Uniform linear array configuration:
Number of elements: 4
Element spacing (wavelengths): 0.25
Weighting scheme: blackman
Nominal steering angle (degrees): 15
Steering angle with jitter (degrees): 13.31
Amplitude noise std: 0.05
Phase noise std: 0.05

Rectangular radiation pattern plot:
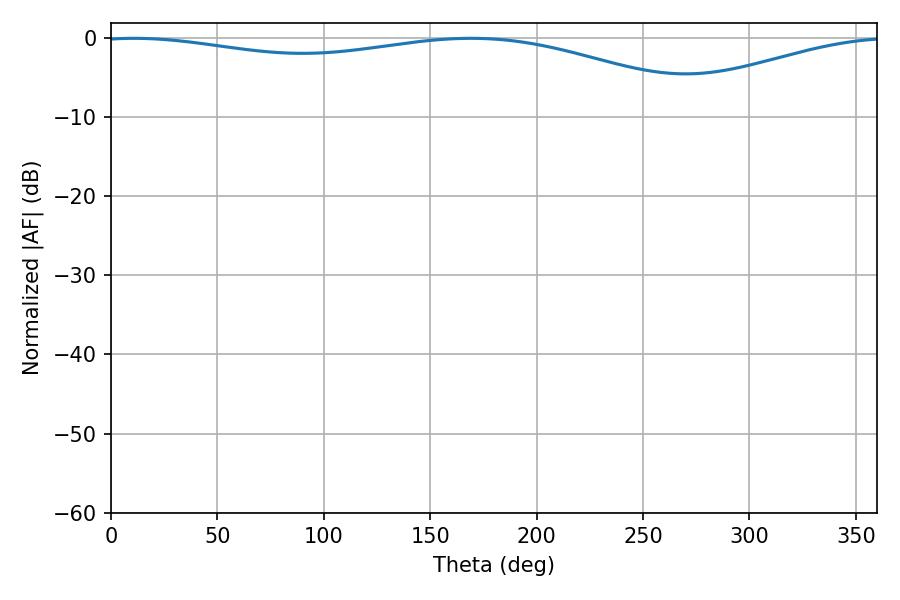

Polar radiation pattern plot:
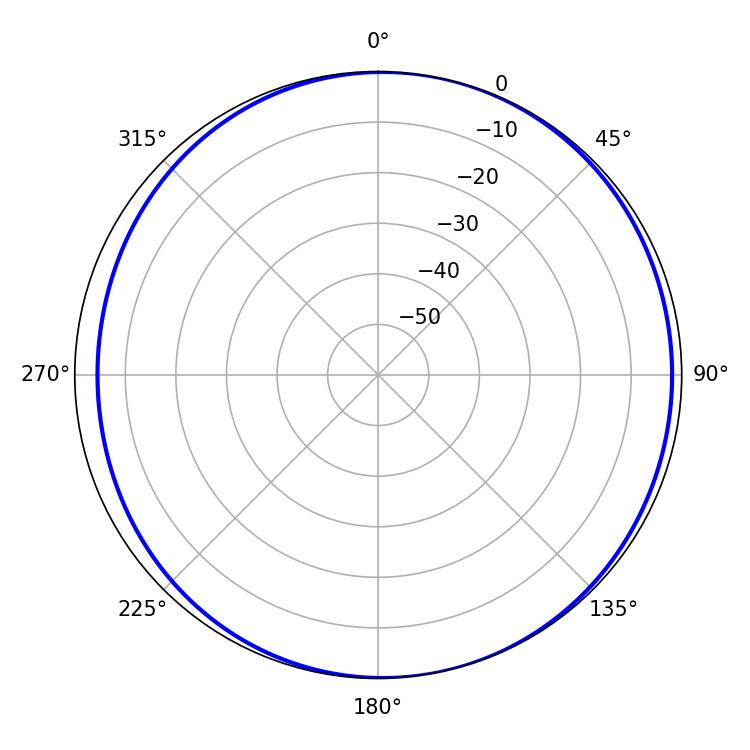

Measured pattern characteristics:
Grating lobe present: FALSE
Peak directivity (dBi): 5.875
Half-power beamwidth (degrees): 234.18
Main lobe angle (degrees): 10.8